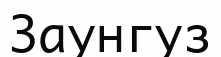
Заунгуз